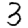
Digit: 3